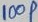
Text: 100P